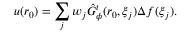
u ( \boldsymbol { r } _ { 0 } ) = \sum _ { j } w _ { j } \hat { G } _ { \phi } ^ { t } ( \boldsymbol { r } _ { 0 } , \boldsymbol { \xi } _ { j } ) \Delta f ( \boldsymbol { \xi } _ { j } ) .